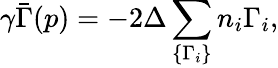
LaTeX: \gamma\bar{\Gamma}(p)=-2\Delta\sum_{\{ \Gamma_{i}\} }n_{i}\Gamma_{i},